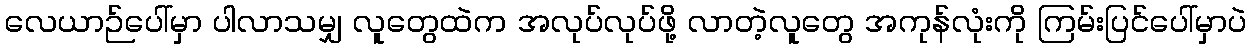
လေယာဉ်ပေါ်မှာ ပါလာသမျှ လူတွေထဲက အလုပ်လုပ်ဖို့ လာတဲ့လူတွေ အကုန်လုံးကို ကြမ်းပြင်ပေါ်မှာပဲ